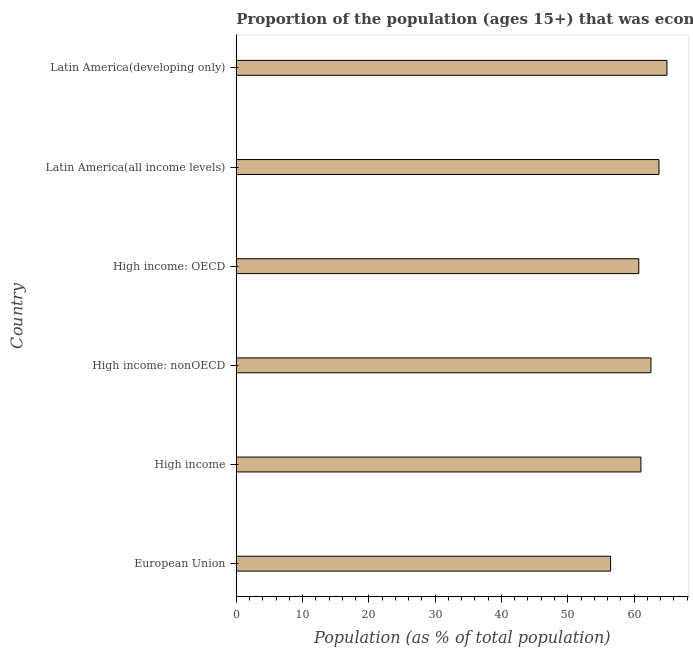
| Country | Labor force participation rate total |
 | --- | --- |
 | European Union | 56.5 |
 | High income | 61 |
 | High income: nonOECD | 62.6 |
 | High income: OECD | 60.7 |
 | Latin America(all income levels) | 63.8 |
 | Latin America(developing only) | 65 |